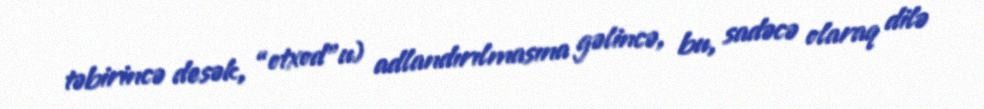
təbirincə desək, “otxod”u) adlandırılmasına gəlincə, bu, sadəcə olaraq dilə